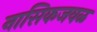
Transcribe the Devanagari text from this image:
नासिकजवळ